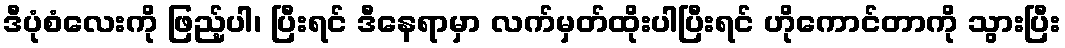
ဒီပုံစံလေးကို ဖြည့်ပါ၊ ပြီးရင် ဒီနေရာမှာ လက်မှတ်ထိုးပါပြီးရင် ဟိုကောင်တာကို သွားပြီး